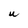
Character: W